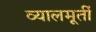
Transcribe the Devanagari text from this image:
व्यालमूर्ती